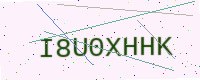
Text: I8U0XHHK